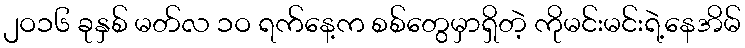
၂ဝ၁၆ ခုနှစ် မတ်လ ၁ဝ ရက်နေ့က စစ်တွေမှာရှိတဲ့ ကိုမင်းမင်းရဲ့နေအိမ်